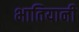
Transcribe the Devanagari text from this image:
भातियानी